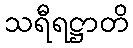
သရီရဋ္ဌာတိ